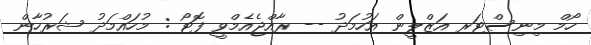
ހޯމް މިނިސްޓަރ އަޒްލީން އަހުމަދު -- ރާއްޖެއެމްވީ ފޮޓޯ : މުހައްމަދު ޝަރުހާން